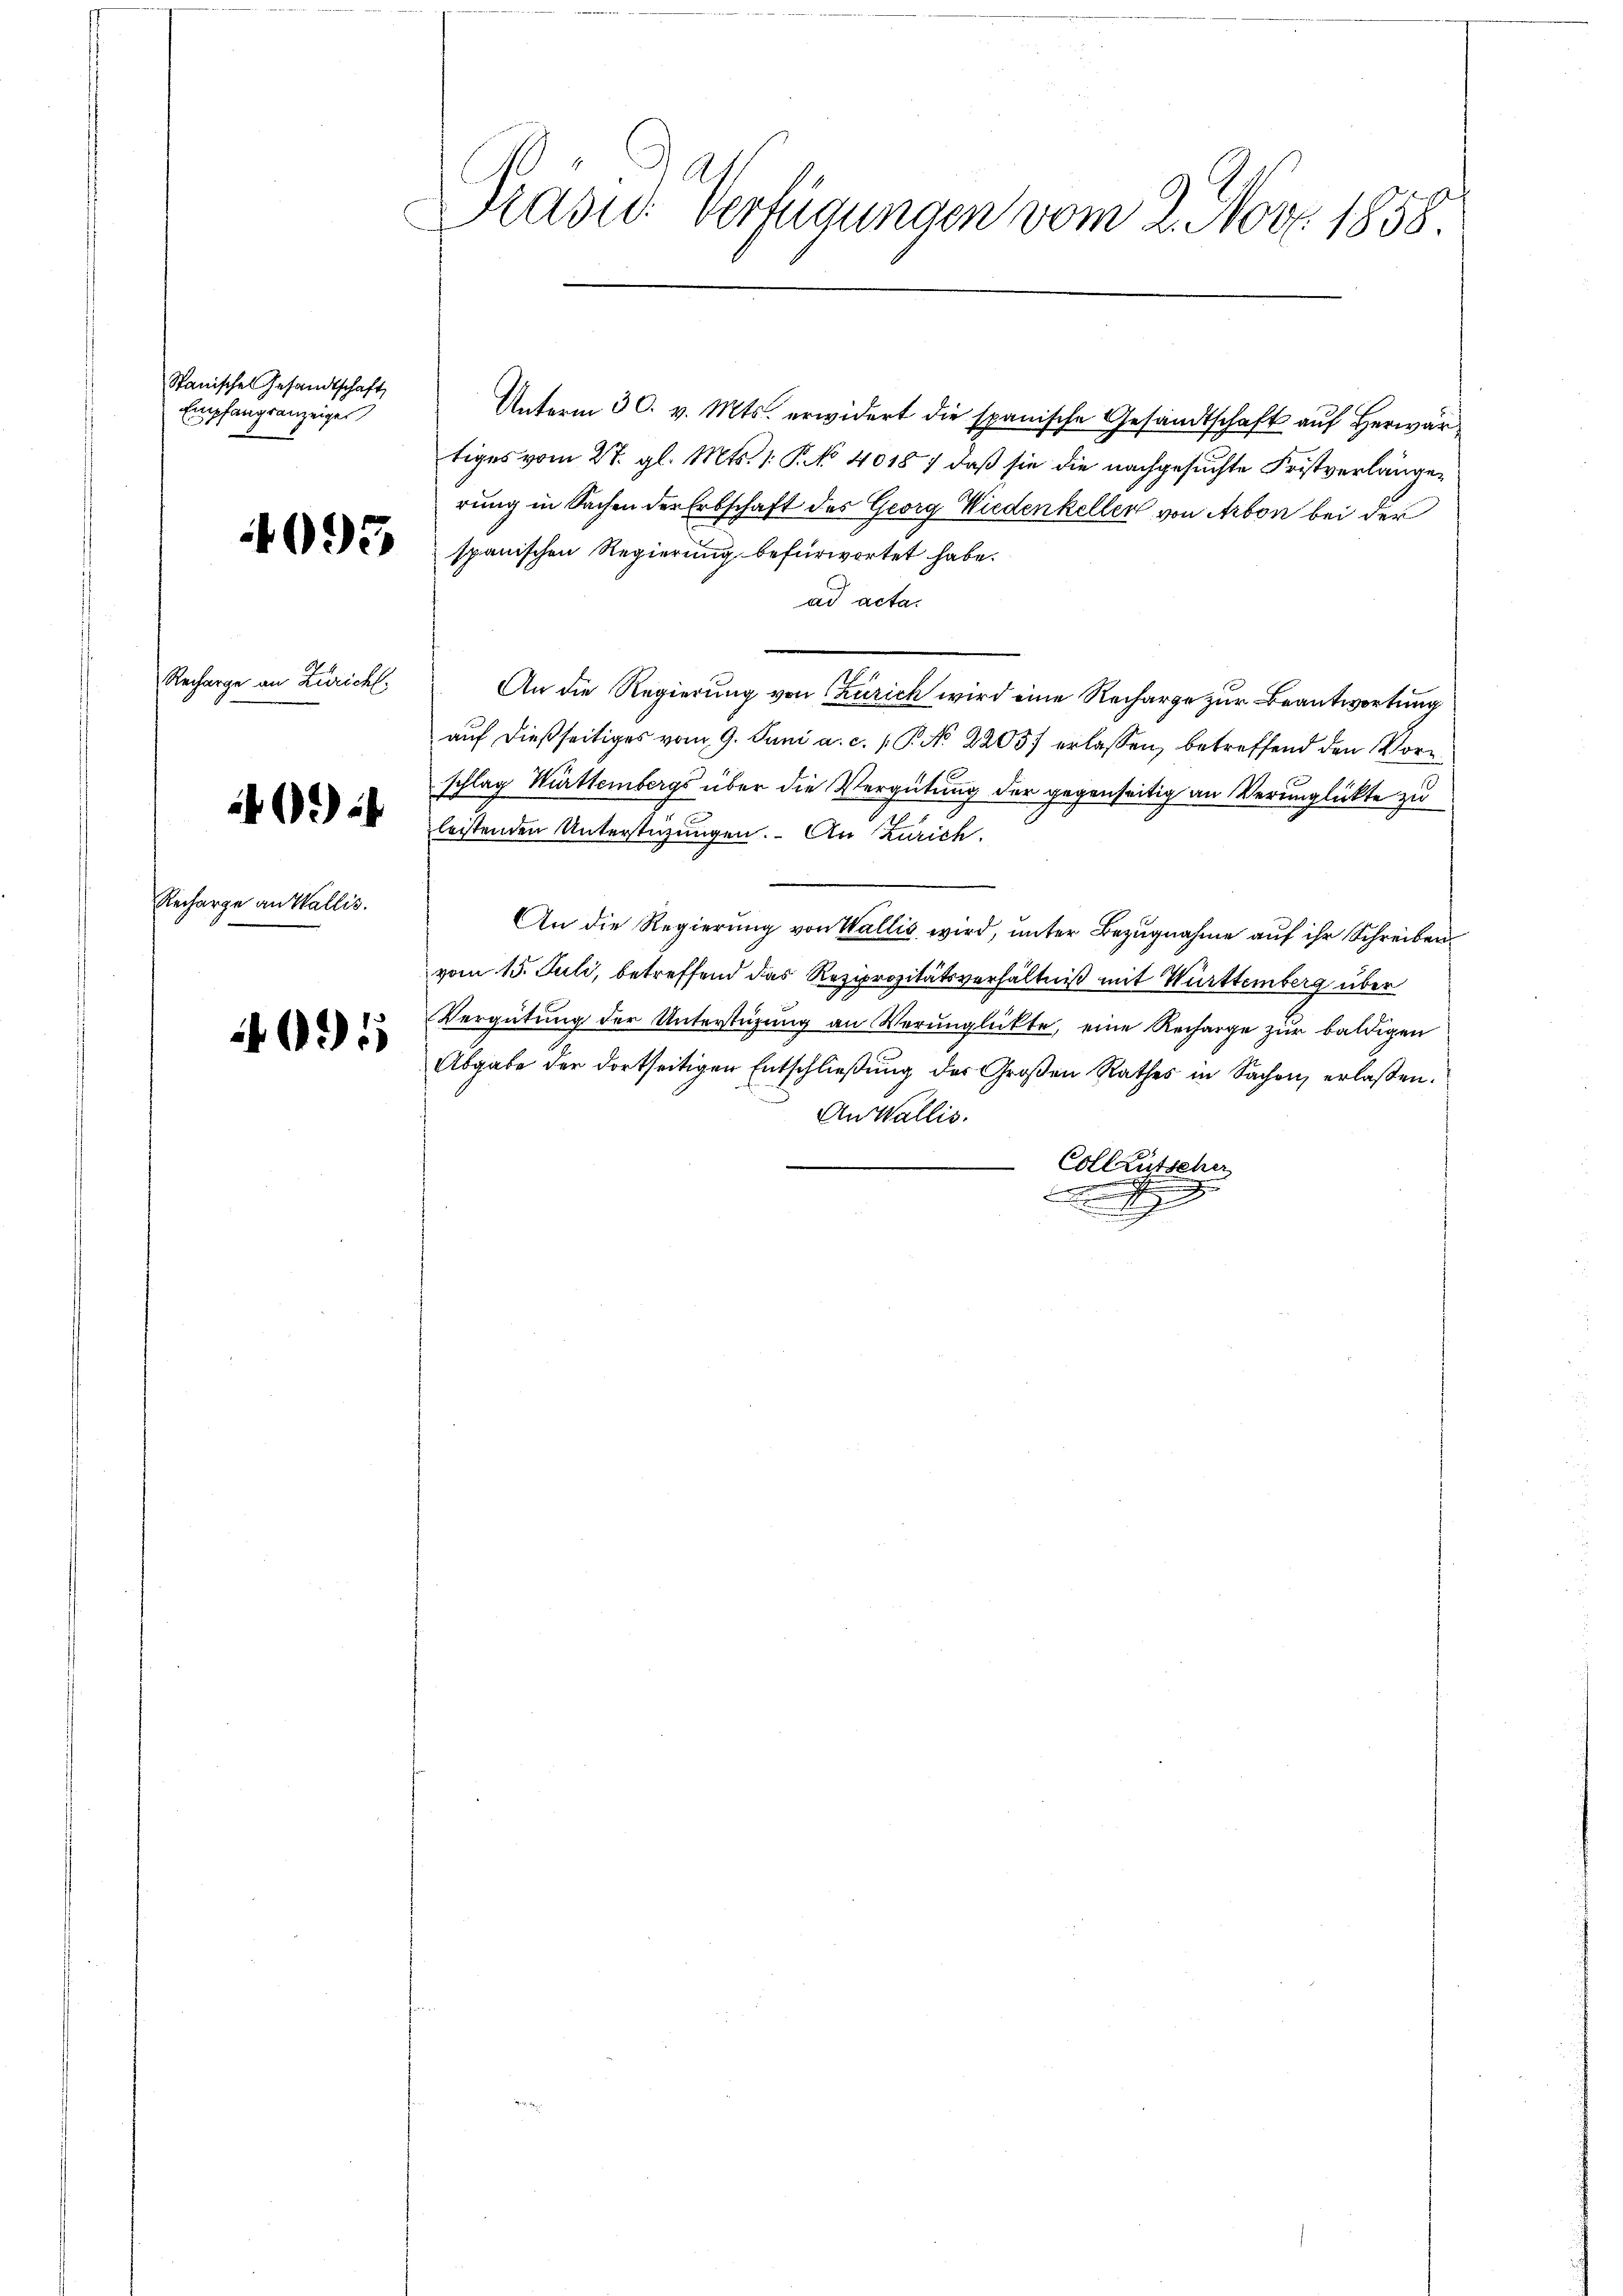
Spanisches Gesandtschaft
Empfangsanzeiges

093

Recharge an Züricht.

43)

Recharge an Wallis.

31

Kasid. Verfügungen vom 2. Nov. 1858.

Unterm 30. v. Mts. erwidert die spanische Gesandtschaft auf Herwärtiges vom 27. gl. Mts. 1. P. No 4018) daß sie die nachgesuchte Fristverlängen
rung in Sachen der Erbschaft des Georg Wiedenkellen von Arbon bei der
spanischen Regierung befürwortet habe.
ad acta.
An die Regierung von Zürich wird eine Recharge zur Beantwortung
auf dießseitiges vom 9. Juni a. c. P. No 2205. erlassen, betreffend den Vorschlag Württembergs über die Vergütung der gegenseitig an Verunglückte zu
leistenden Unterstüzungen. An Zürich.
An die Regierung von Wallis wird, unter Bezugnahme auf ihr Schreiben
vom 15. Juli, betreffend das Reziprozitätsverhältniß mit Württemberg über
Vergütung der Unterstüzung an Verunglickte, eine Recharge zur baldigen
Abgabe der dortseitigen Entschlieβŭng des Großen Rathes in Sachen, erlaßen.
An Wallis.
Colleutscher
.